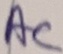
Text: AC